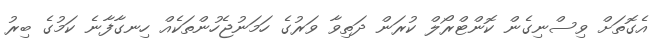
އެގޮތަށް ވިސްނިގެން ކޮންޓްރޯލް ކުރަން ދަތިވާ ވަރުގެ ހަމަނުޖެހުންތަކެއް ހިނގާފާނެ ކަމުގެ ބިރު